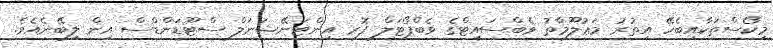
މިކޯސްތަކާއިބެހޭ އިތުރު މަޢުލޫމާތު ވެބްސައިޓްގެ ވެބްޕޯޓަލް ފޮރ އިންޓަނޭޝަނަލް ސްޓޫޑަންޑްސް އިން ލިބޭނެއެވެ.